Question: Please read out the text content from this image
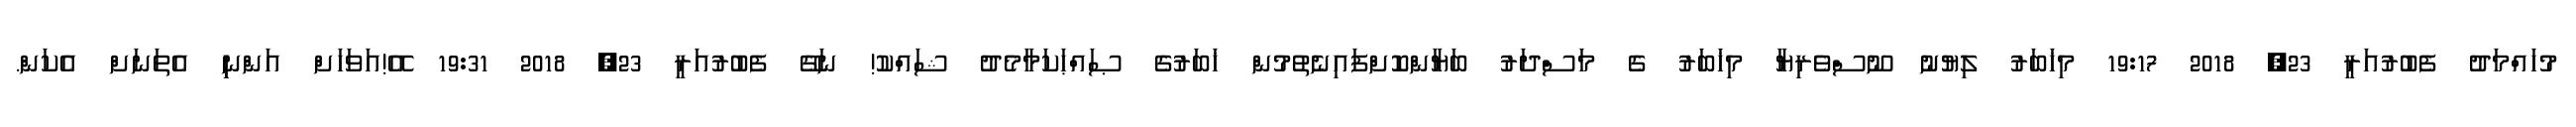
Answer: މުހައްމަދު ފެބުރުއަރީ 23, 2018 19:17 މިޚަބަރު ލިޔުނު ނޫސްވެރިޔާ މިޚަބަރު ގެ މަސްދަރު ބަޔާންކޮށްފައިނެތުމުން ޚަބަރުގެ ޞައްޙަކަމާމެދު ޝައްކު! ނަގޭ ފެބުރުއަރީ 23, 2018 19:31 އޭ!އަވަހަށް އަންނިި އެތަނަށް އެކަން.